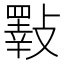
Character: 𣀇